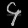
Digit: ၄